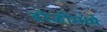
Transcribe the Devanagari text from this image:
दोन्हीमध्ये